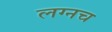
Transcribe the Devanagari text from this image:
लग्नच